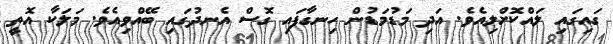
ގައިގައި ލައްކޮށްލިއެވެ. އަދި މަޑުމަޑުން ހިނގާފައި ގޮސް އެނދުގައި ބޭއްވިއެވެ. މަލަކާ އޮތީ